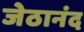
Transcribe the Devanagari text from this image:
जेठानंद